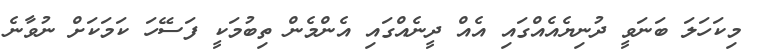
މިކަހަލަ ބަނަވީ ދުނިޔެއެއްގައި އެއް ދީނެއްގައި އެންމެން ތިބުމަކީ ފަސޭހަ ކަމަކަށް ނުވާނެ